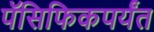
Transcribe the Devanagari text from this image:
पॅसिफिकपर्यंत